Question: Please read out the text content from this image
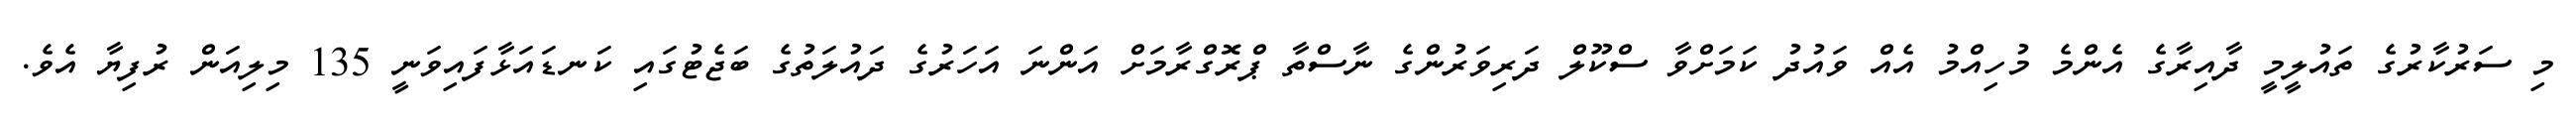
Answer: މި ސަރުކާރުގެ ތައުލީމީ ދާއިރާގެ އެންމެ މުހިއްމު އެއް ވައުދު ކަމަށްވާ ސްކޫލް ދަރިވަރުންގެ ނާސްތާ ޕްރޮގްރާމަށް އަންނަ އަހަރުގެ ދައުލަތުގެ ބަޖެޓުގައި ކަނޑައަޅާފައިވަނީ 135 މިލިއަން ރުފިޔާ އެވެ.